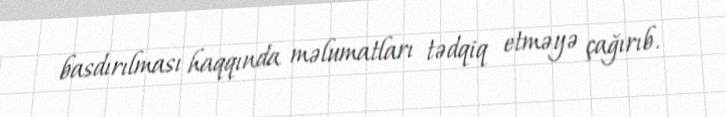
basdırılması haqqında məlumatları tədqiq etməyə çağırıb.